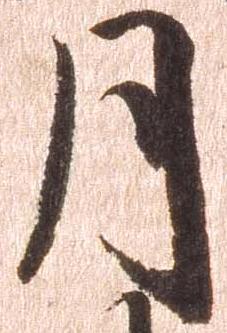
月